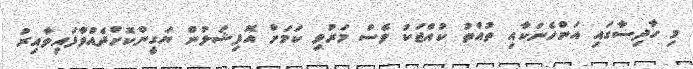
މި ހާދިސާގައި އަންހެނަކާއި ތުއްތު ކުއްޖަކު ވެސް މަރުވި ކަމަށް އޮފިޝަލުން ޔަގީންކޮށްދެއްވާފައިވާއިރު